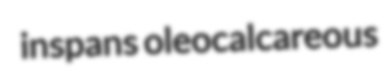
inspans oleocalcareous